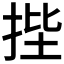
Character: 𭠷